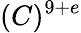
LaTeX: (C)^{9+e}